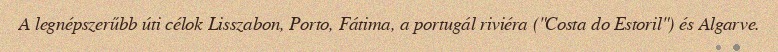
A legnépszerűbb úti célok Lisszabon, Porto, Fátima, a portugál riviéra ("Costa do Estoril") és Algarve.